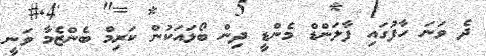
ދެ ވަނަ ހާފުގައި ފާލަންޑް މެންޑީ ދިން ބޯޅައަކުން ކަރިމް ބެންޒެމާ ވަނީ